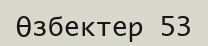
Өзбектер 53